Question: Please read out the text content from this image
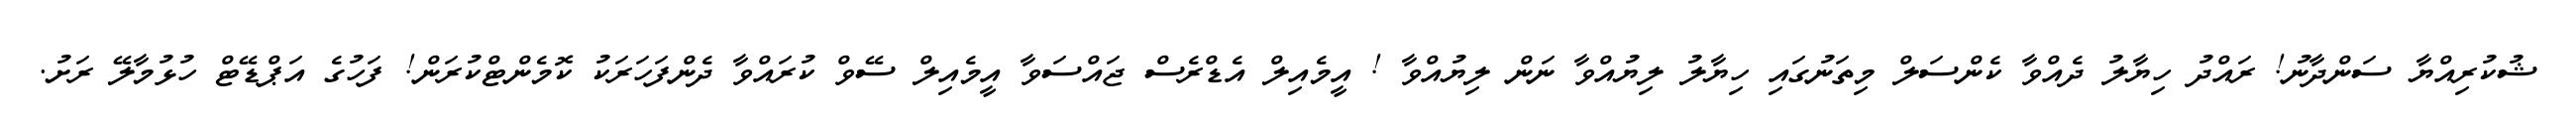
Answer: ޝުކުރިއްޔާ ސަންދާނު! ރައްދު ހިޔާލު ދެއްވާ ކެންސަލް މިތަނުގައި ހިޔާލު ލިޔުއްވާ ނަން ލިޔުއްވާ ! އީމެއިލް އެޑްރެސް ޖައްސަވާ އީމެއިލް ސޭވް ކުރައްވާ ދެންފަހަރަކު ކޮމެންޓްކުރަން! ފަހުގެ އަޕްޑޭޓް ހުޅުމާލޭ ރަށު.